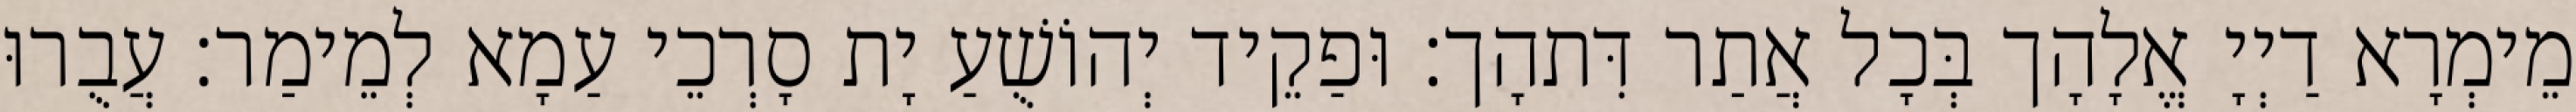
מֵימְרָא דַיְיָ אֱלָהָך בְּכָל אֲתַר דִּתהָך׃ וּפַקֵיד יְהוֹשֻׁעַ יָת סָרְכֵי עַמָא לְמֵימַר׃ עֲבֻרוּ